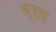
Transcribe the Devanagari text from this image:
थे्रस